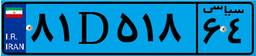
۸۱D۵۱۸۶۴